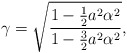
\begin{align*}\gamma=\sqrt{ \frac{1-\frac12{a^2\alpha^2}}{1-\frac{3}{2}a^2\alpha^2} }, \end{align*}